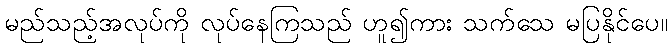
မည်သည့်အလုပ်ကို လုပ်နေကြသည် ဟူ၍ကား သက်သေ မပြနိုင်ပေ။